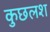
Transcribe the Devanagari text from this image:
कुछलश